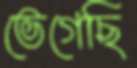
ভেগেছি